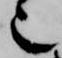
也